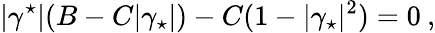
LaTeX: |\gamma^{\star}|(B-C|\gamma_{\star}|)-C(1-|\gamma_{\star}|^{2})=0\: ,